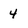
Character: 4